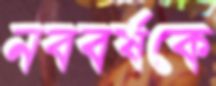
নববর্ষকে